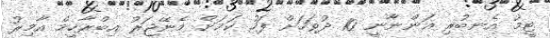
ޓީމު އެނބުރި އަންނާނީ 10 ދުވަހަށް ފަހު ކަމަށް މެނޭޖަރު އިބްރާހީމް އާމިރު